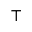
\top